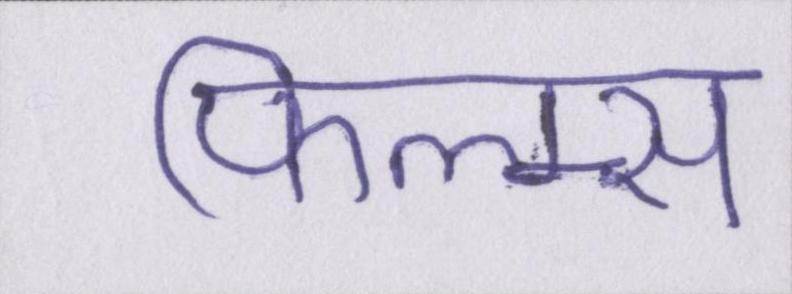
फिल्म्स